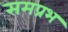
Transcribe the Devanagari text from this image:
समप्रभ